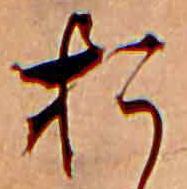
お